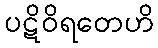
ပဋိဝိရတေဟိ